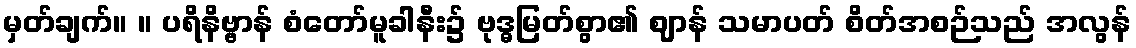
မှတ်ချက်။ ။ ပရိနိဗ္ဗာန် စံတော်မူခါနီး၌ ဗုဒ္ဓမြတ်စွာ၏ ဈာန် သမာပတ် စိတ်အစဉ်သည် အလွန်